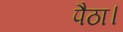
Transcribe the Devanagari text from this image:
पैठा।